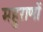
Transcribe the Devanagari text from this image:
महुराणों